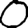
Digit: 0